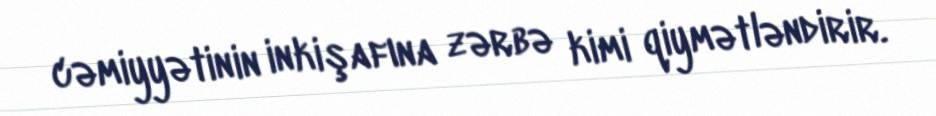
cəmiyyətinin inkişafına zərbə kimi qiymətləndirir.